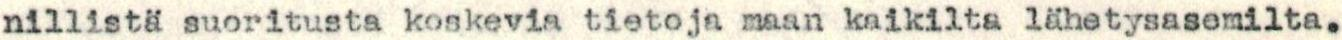
nillistä suoritusta koskevia tietoja maan kaikilta lähetysasemilta.